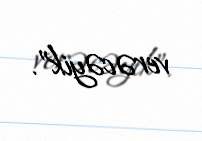
verəcəyik”.